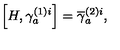
\left[ H , \gamma _ { a } ^ { ( 1 ) i } \right] = \overline { { \gamma } } _ { a } ^ { ( 2 ) i } ,